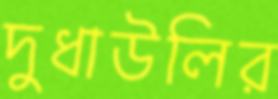
দুধাউলির